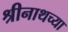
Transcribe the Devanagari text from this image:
श्रीनाथच्या